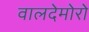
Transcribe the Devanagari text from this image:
वालदेमोरो